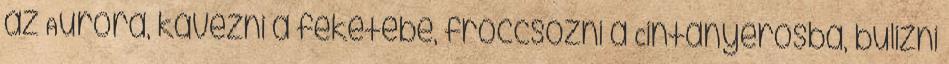
az Auróra, kávézni a feketébe, fröccsözni a Cintányérosba, bulizni